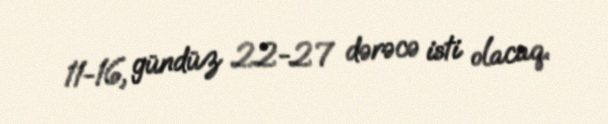
11-16, gündüz 22-27 dərəcə isti olacaq.